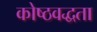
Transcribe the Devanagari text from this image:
कोष्ठवद्धता